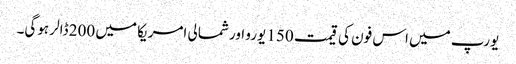
یورپ میں اس فون کی قیمت 150 یورو اور شمالی امریکا میں 200 ڈالر ہوگی۔